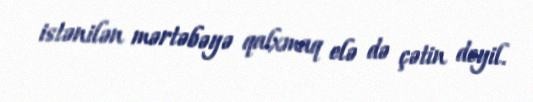
istənilən mərtəbəyə qalxmaq elə də çətin deyil.